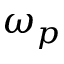
\omega _ { p }